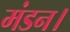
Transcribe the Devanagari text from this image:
मंडन।